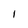
Character: 1